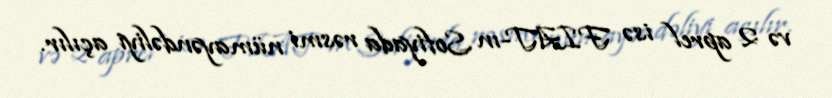
və 2 aprel isə FIAT-ın Sofiyada rəsmi nümayəndəliyi açılır.